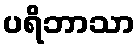
ပရိဘာသာ